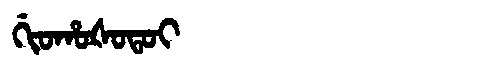
Manchu: ᡤᡳᠣᡥᠣᡧᠣᡨᠣᡳ
Romanization: GIOHOŠOTOI